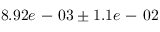
8 . 9 2 e \mathrm { ~ - ~ } 0 3 \pm 1 . 1 e \mathrm { ~ - ~ } 0 2